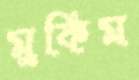
মুকিম